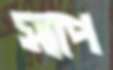
স্যাপ